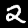
Digit: 2